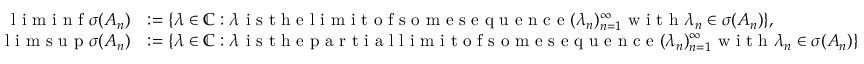
\begin{array} { r l } { \textrm { l i m i n f } \sigma ( A _ { n } ) } & { : = \{ \lambda \in \mathbb { C } : \lambda \textrm { i s t h e l i m i t o f s o m e s e q u e n c e } ( \lambda _ { n } ) _ { n = 1 } ^ { \infty } \textrm { w i t h } \lambda _ { n } \in \sigma ( A _ { n } ) \} , } \\ { \textrm { l i m s u p } \sigma ( A _ { n } ) } & { : = \{ \lambda \in \mathbb { C } : \lambda \textrm { i s t h e p a r t i a l l i m i t o f s o m e s e q u e n c e } ( \lambda _ { n } ) _ { n = 1 } ^ { \infty } \textrm { w i t h } \lambda _ { n } \in \sigma ( A _ { n } ) \} } \end{array}